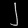
Digit: ၂